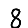
Digit: 8